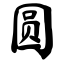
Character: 圆